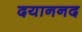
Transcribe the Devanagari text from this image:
दयाननद